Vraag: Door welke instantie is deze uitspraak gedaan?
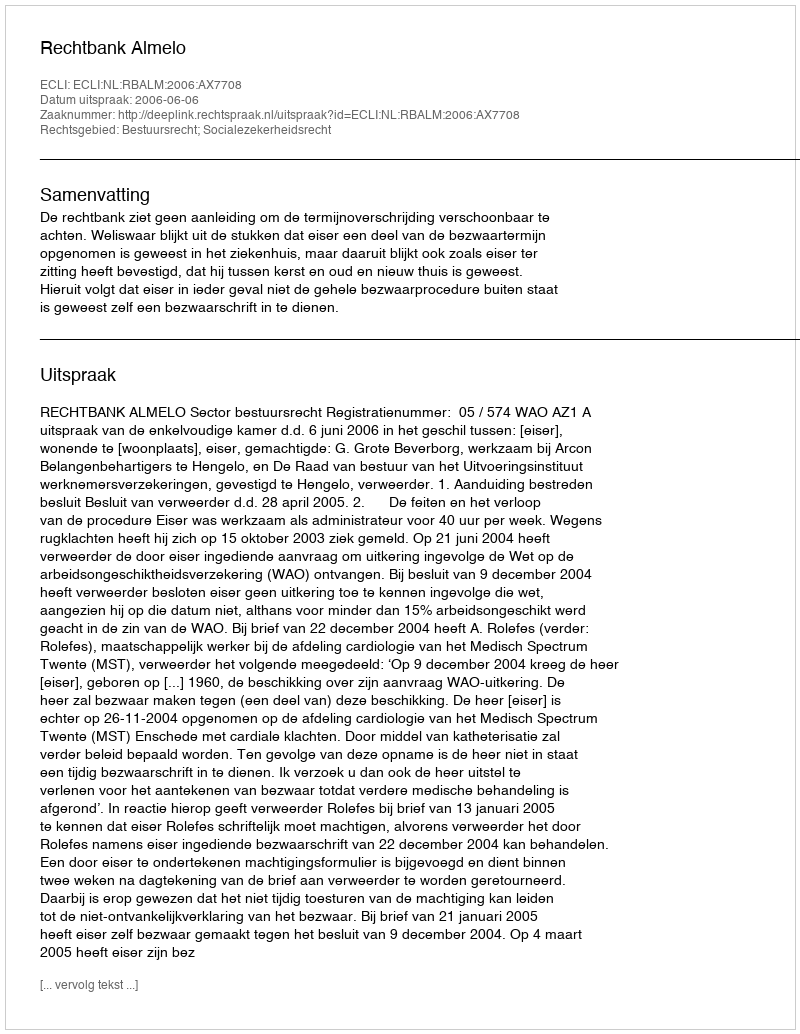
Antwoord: Rechtbank Almelo